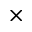
\times